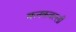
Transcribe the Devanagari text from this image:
कनकवल्ली